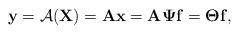
LaTeX: \begin{align*} \mathbf{y}= \mathcal{A} (\mathbf{X}) = \mathbf{A} \mathbf{x} = \mathbf{A} \mathbf{\Psi} \mathbf{f} = \mathbf{\Theta} \mathbf{f},\end{align*}